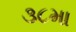
૩૮મા